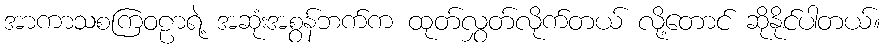
အာကာသစကြဝဠာရဲ့ အဆုံးအစွန်ဘက်က ထုတ်လွှတ်လိုက်တယ် လို့တောင် ဆိုနိုင်ပါတယ်။